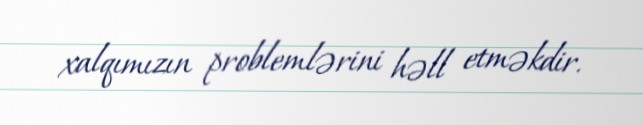
xalqımızın problemlərini həll etməkdir.